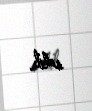
edib.